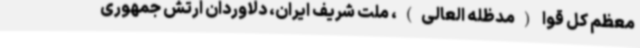
معظم کل قوا (مدظله العالی)، ملت شریف ایران، دلاوردان ارتش جمهوری